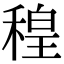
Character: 䅣